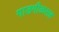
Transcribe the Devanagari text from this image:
गाडगीळसह